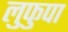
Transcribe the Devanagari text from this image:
लुफुपा